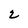
Character: 2